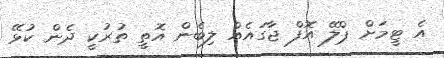
އެ ޓީމަށް ޕްލޭ އޮފް ޖާގައެއް ލިބެން އޮތީ ތުރުކީ ދެން ކުޅޭ